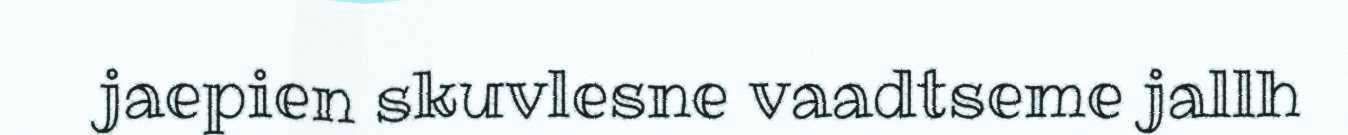
jaepien skuvlesne vaadtseme jallh